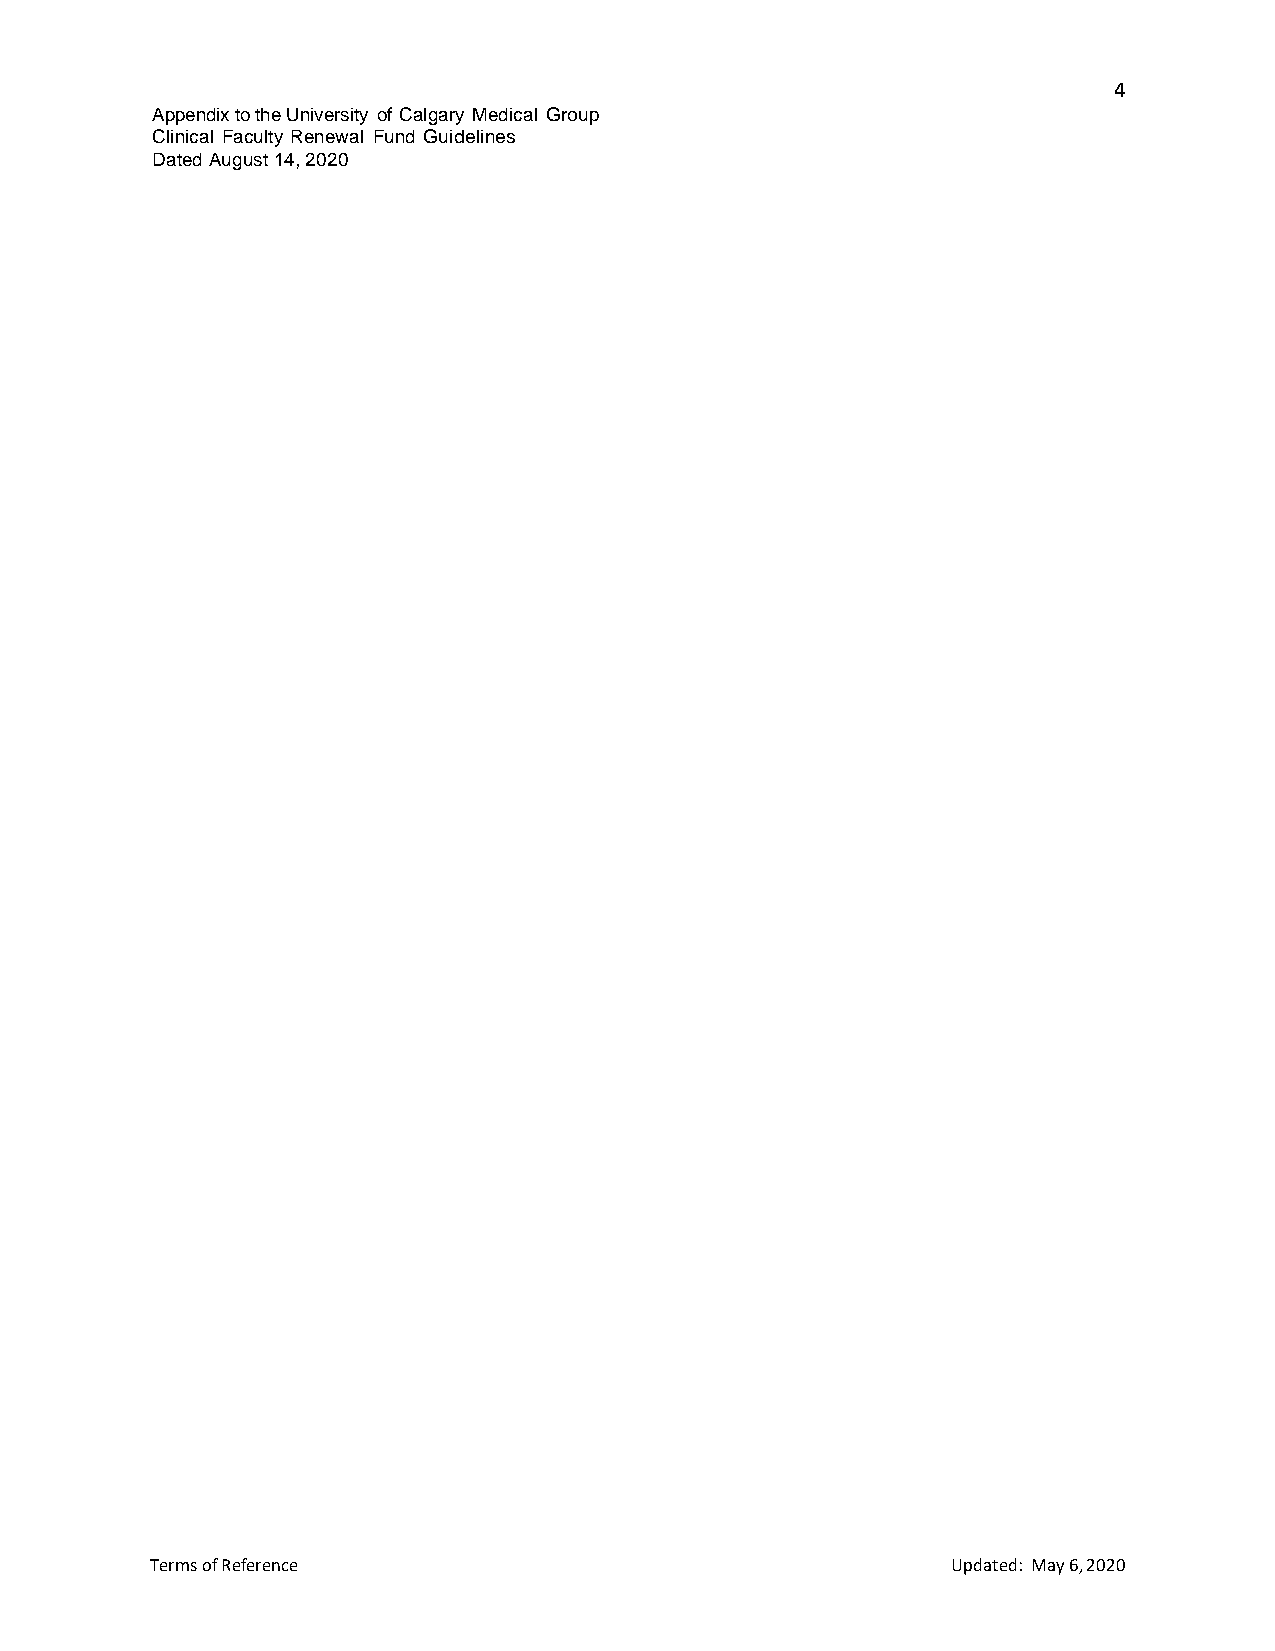
4
 Appendix to the University of Calgary Medical Group
 Clinical Faculty Renewal Fund Guidelines
 Dated August 14, 2020
 Terms of Reference                                   Updated: May 6, 2020